Annual administration report of the Civil Veterinary Department of India - 1907-1908
Year: 1907
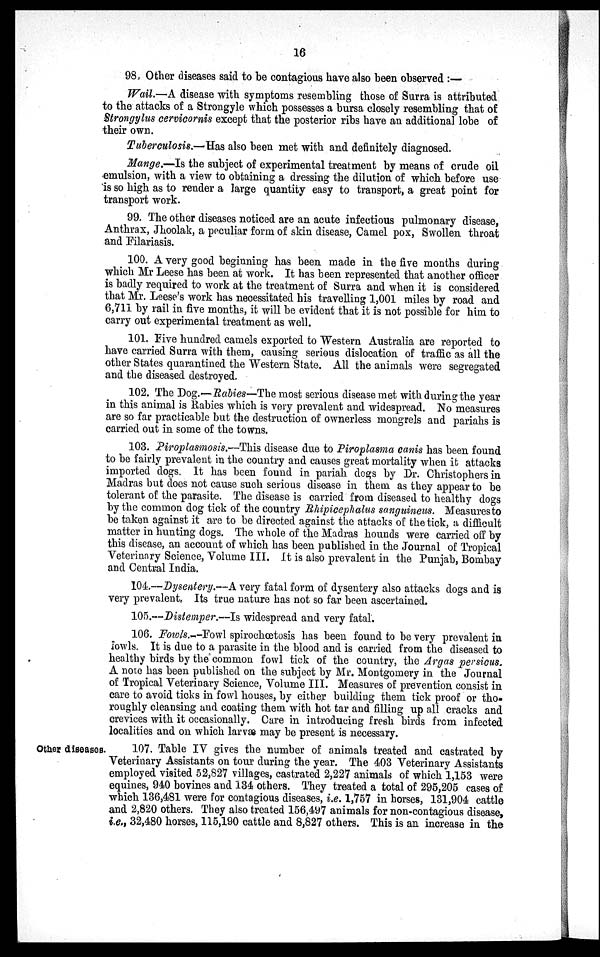
16
98. Other diseases said to be contagious have also been observed:—
Wail.—A disease with symptoms resembling those of Surra is attributed
to the attacks of a Strongyle which possesses a bursa closely resembling that of
Strongylus cervicornis except that the posterior ribs have an additional lobe of
their own.
Tuberculosis.—Has also been met with and definitely diagnosed.
Mange.—Is the subject of experimental treatment by means of crude oil
emulsion, with a view to obtaining a dressing the dilution of which before use
is so high as to render a large quantity easy to transport, a great point for
transport work.
99. The other diseases noticed are an acute infectious pulmonary disease,
Anthrax, Jhoolak, a peculiar form of skin disease, Camel pox, Swollen throat
and Filariasis.
100. A very good beginning has been made in the five months during
which Mr Leese has been at work. It has been represented that another officer
is badly required to work at the treatment of Surra and when it is considered
that Mr. Leese's work has necessitated his travelling 1,001 miles by road and
6,711 by rail in five months, it will be evident that it is not possible for him to
carry out experimental treatment as well.
101. Five hundred camels exported to Western Australia are reported to
have carried Surra with them, causing serious dislocation of traffic as all the
other States quarantined the Western State. All the animals were segregated
and the diseased destroyed.
102. The Dog.—Rabies—The most serious disease met with during the year
in this animal is Rabies which is very prevalent and widespread. No measures
are so far practicable but the destruction of ownerless mongrels and pariahs is
carried out in some of the towns.
103. Piroplasmosis.—This disease due to Piroplasma canis has been found
to be fairly prevalent in the country and causes great mortality when it attacks
imported dogs. It has been found in pariah dogs by Dr. Christophers in
Madras but does not cause such serious disease in them as they appear to be
tolerant of the parasite. The disease is carried from diseased to healthy dogs
by the common dog tick of the country Rhipicephalus sanguineus. Measures to
be taken against it are to be directed against the attacks of the tick, a difficult
matter in hunting dogs. The whole of the Madras hounds were carried off by
this disease, an account of which has been published in the Journal of Tropical
Veterinary Science, Volume III. It is also prevalent in the Punjab, Bombay
and Central India.
104.--Dysentery.--A very fatal form of dysentery also attacks dogs and is
very prevalent. Its true nature has not so far been ascertained.
105.--Distemper.--Is widespread and very fatal.
106. Fowls.--Fowl spirochœosis has been found to be very prevalent in
fowls. It is due to a parasite in the blood and is carried from the diseased to
healthy birds by the common fowl tick of the country, the Argas persicus.
A note has been published on the subject by Mr. Montgomery in the Journal
of Tropical Veterinary Science, Volume III. Measures of prevention consist in
care to avoid ticks in fowl houses, by either building them tick proof or tho-
roughly cleansing and coating them with hot tar and filling up all cracks and
crevices with it occasionally. Care in introducing fresh birds from infected
localities and on which larvæ may be present is necessary.
Other diseases.
107. Table IV gives the number of animals treated and castrated by
Veterinary Assistants on tour during the year. The 403 Veterinary Assistants
employed visited 52,827 villages, castrated 2,227 animals of which 1,153 were
equines, 940 bovines and 134 others. They treated a total of 295,205 cases of
which 136,481 were for contagious diseases, i.e. 1,757 in horses, 131,904 cattle
and 2,820 others. They also treated 156,497 animals for non-contagious disease,
i.e., 32,480 horses, 115,190 cattle and 8,827 others. This is an increase in the